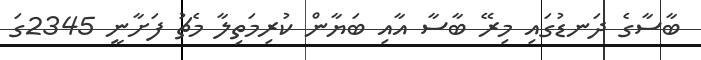
ބާސާގެ ދަނޑުގައި މިރޭ ބާސާ އާއި ބަޔާން ކުރިމަތިލާ މެޗު ފަށާނީ 2345ގަ